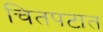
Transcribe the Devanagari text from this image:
चितपटात